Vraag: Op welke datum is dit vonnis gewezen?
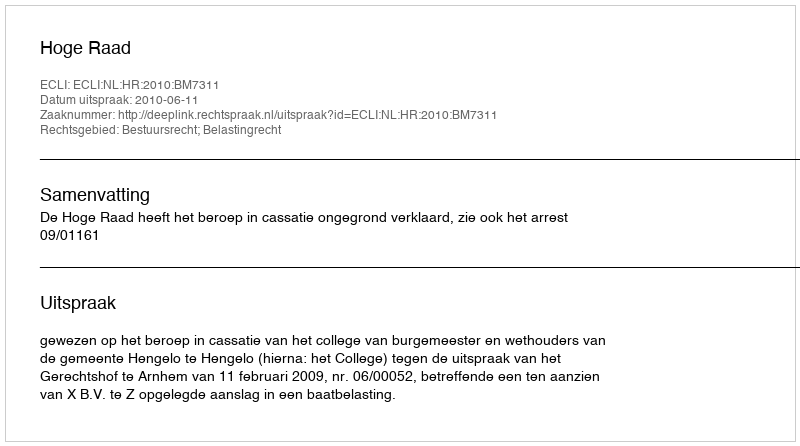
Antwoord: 2010-06-11